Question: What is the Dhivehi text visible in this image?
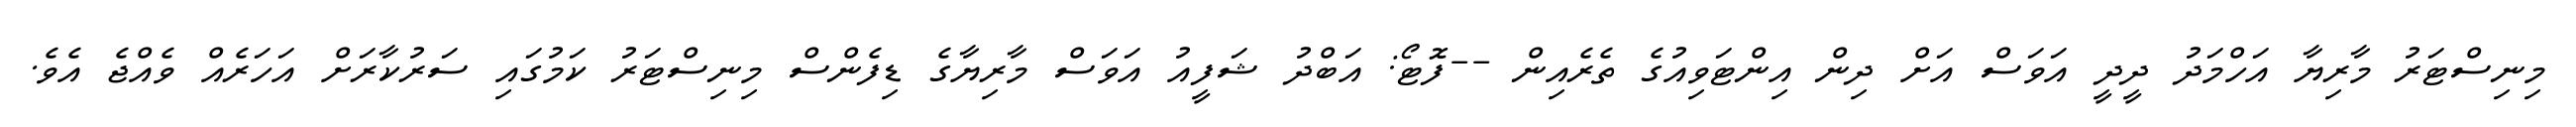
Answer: މިނިސްޓަރު މާރިޔާ އަހްމަދު ދީދީ އަވަސް އަށް ދިން އިންޓަވިއުގެ ތެރެއިން --ފޮޓޯ: އަބްދު ޝަފީއު އަވަސް މާރިޔާގެ ޑިފެންސް މިނިސްޓަރު ކަމުގައި ސަރުކާރަށް އަހަރެއް ވެއްޖެ އެވެ.